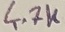
Text: 4.7K